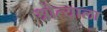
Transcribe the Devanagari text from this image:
श्रोत्याला